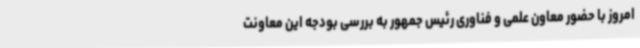
امروز با حضور معاون علمی و فناوری رئیس جمهور به بررسی بودجه این معاونت